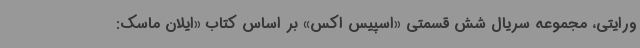
ورایتی، مجموعه سریال شش قسمتی «اسپیس اکس» بر اساس کتاب «ایلان ماسک: